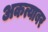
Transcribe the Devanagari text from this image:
अकत्याबर